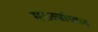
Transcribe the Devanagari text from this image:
मराठ्यांच्यात